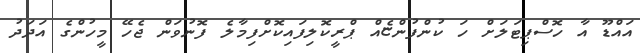
އައްޑޫ އާ ހޮސްޕިޓަލަށް ހަ ކުންފުންޏެއް ޕްރީކޮލިފައިކޮށްފިމާލެ ފޮނުވަން ޖެހޭ މީހުންގެ އަދަދު